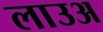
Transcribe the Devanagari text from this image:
लाउअ